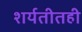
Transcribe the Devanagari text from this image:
शर्यतीतही